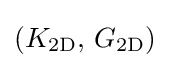
(K_{\mathrm {2D} },\,G_{\mathrm {2D} })